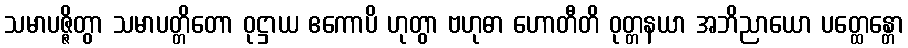
သမာပဇ္ဇိတွာ သမာပတ္တိတော ဝုဋ္ဌာယ ဧကောပိ ဟုတွာ ဗဟုဓာ ဟောတီတိ ဝုတ္တနယာ အဘိညာယော ပတ္ထေန္တော